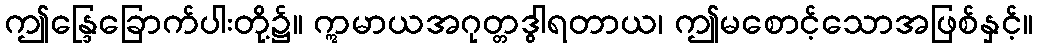
ဤန္ဒြေခြောက်ပါးတို့၌။ ဣမာယအဂုတ္တဒွါရတာယ၊ ဤမစောင့်သောအဖြစ်နှင့်။